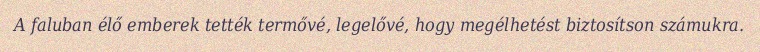
A faluban élő emberek tették termővé, legelővé, hogy megélhetést biztosítson számukra.